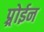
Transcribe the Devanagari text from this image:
प्र्रोईन